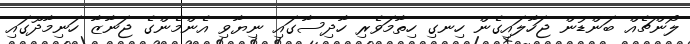
ލޯންޗެއް ބަންޑުން ޖަހާލައިގެން ހިނގި ހިތާމަވެރި ހާދިސާގައި ނިޔާވި އެންމެންގެ ޖަނާޒާ ހަނިމާދޫގައި